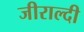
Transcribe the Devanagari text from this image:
जीराल्दी